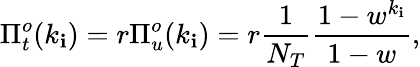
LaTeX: \Pi_{t}^{o}(k_{\mathbf{i}})=r\Pi_{u}^{o}(k_{\mathbf{i}})=r\frac{{1}}{{N_{T}}}\frac{{1-w^{k_{\mathbf{i}}}}}{{1-w}},